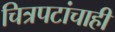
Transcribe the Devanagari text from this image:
चित्रपटांचाही